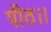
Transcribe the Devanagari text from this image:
पीठ।।